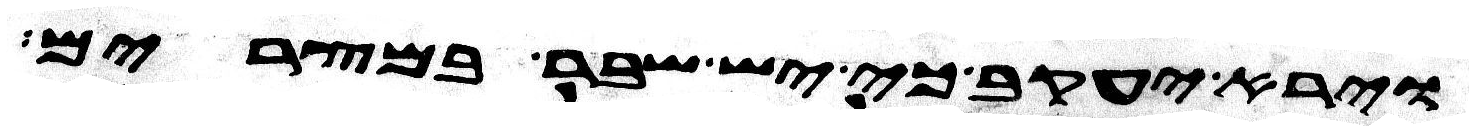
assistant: וירא יעקב כי יש שבר במצרים